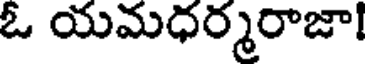
ఓ యమధర్మరాజా!